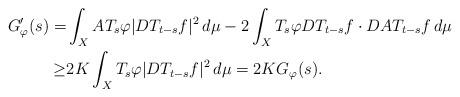
LaTeX: \begin{align*}G_\varphi'(s)=&\int_X AT_s \varphi |DT_{t-s}f|^2\,d\mu -2\int_X T_s \varphi DT_{t-s}f\cdot DAT_{t-s} f \,d\mu\\\geq &2K \int_X T_s \varphi |DT_{t-s} f|^2\,d\mu = 2K G_\varphi(s).\end{align*}